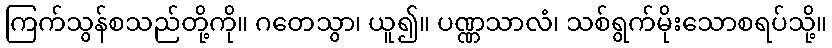
ကြက်သွန်စသည်တို့ကို။ ဂတေသွာ၊ ယူ၍။ ပဏ္ဏသာလံ၊ သစ်ရွက်မိုးသောစရပ်သို့။